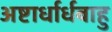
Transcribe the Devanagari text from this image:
अष्टार्धार्धबाहु